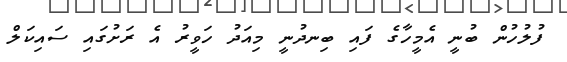
ފުލުހުން ބުނީ އެމީހާގެ ފައި ބިނދުނީ މިއަދު ހަވީރު އެ ރަށުގައި ސައިކަލް